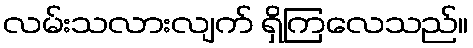
လမ်းသလားလျက် ရှိကြလေသည်။